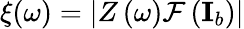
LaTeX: \xi(\omega)=\lvert Z\left(\omega\right)\mathcal{F}\left(\mathbf{I}_{b}\right)\rvert